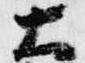
大